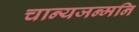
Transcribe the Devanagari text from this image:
चान्यजन्मनि